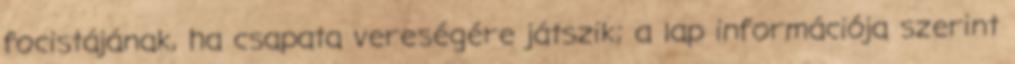
focistájának, ha csapata vereségére játszik; a lap információja szerint